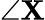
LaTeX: \angle\mathbf{X}